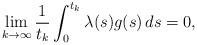
LaTeX: \begin{align*}\lim_{k\to\infty}\frac{1}{t_k}\int_0^{t_k}\lambda(s)g(s)\,ds=0,\end{align*}